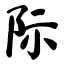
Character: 际